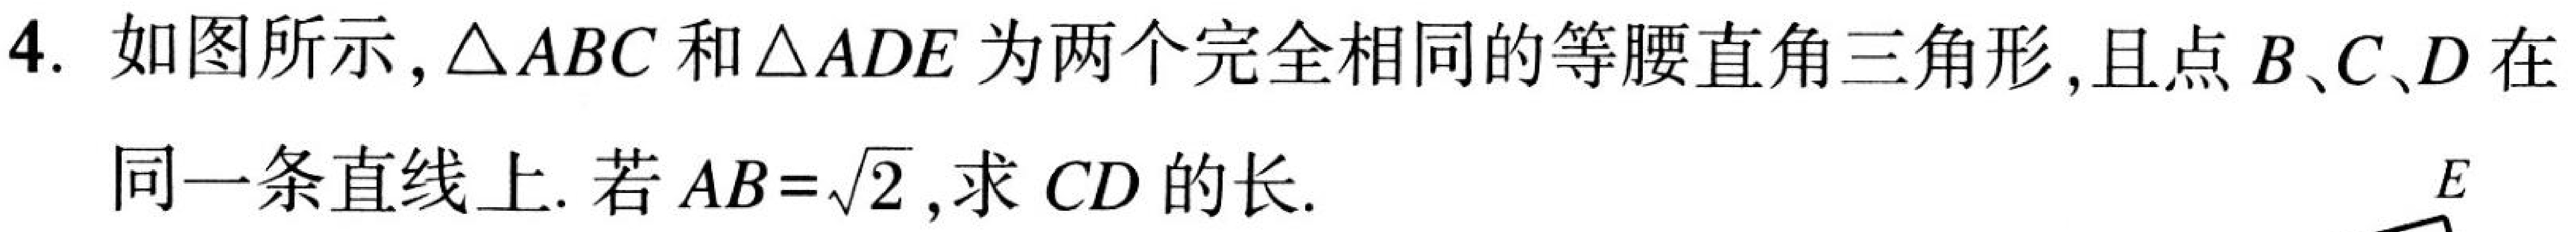
4. 如图所示,\(\triangle ABC\)和\(\triangle ADE\)为两个完全相同的等腰直角三角形,且点\(B、C、D\)在
同一条直线上. 若\(AB = \sqrt{2}\),求 \(CD\) 的长.